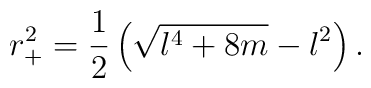
r_+^2=\frac{1}{2}\left(\sqrt{l^4+8m}-l^2\right).